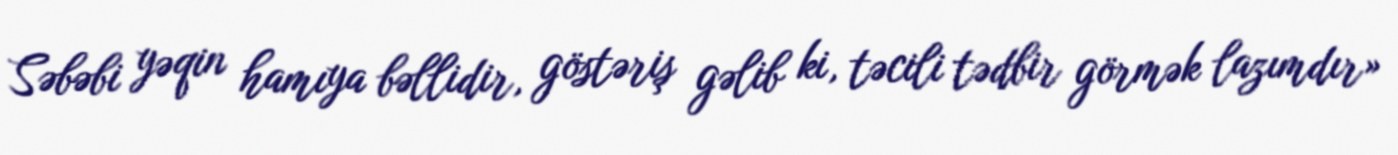
Səbəbi yəqin hamıya bəllidir, göstəriş gəlib ki, təcili tədbir görmək lazımdır»